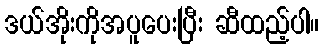
ဒယ်အိုးကိုအပူပေးပြီး ဆီထည့်ပါ။